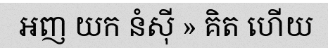
អញ យក នំស៊ី » គិត ហើយ